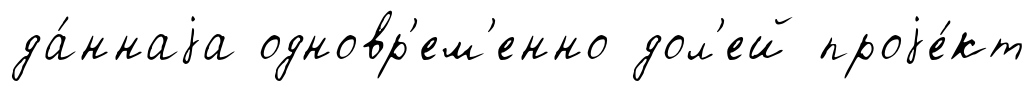
да́ннаjа одновр'ем'енно дол'ей проjе́кт